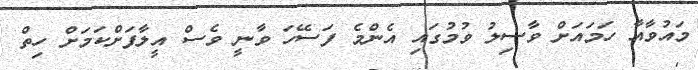
މައުވާއާ ހަމައަށް ވާސިލު ވުމުގައި އެންމެ ފަސޭހަ ވާނީ ވެސް އީލާފަށްކަމަށް ހިތް